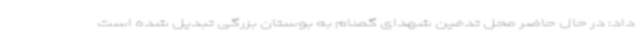
داد: در حال حاضر محل تدفین شهدای گمنام به بوستان بزرگی تبدیل شده است